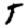
Digit: 5